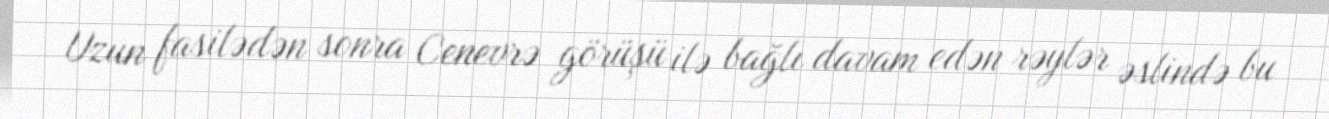
Uzun fasilədən sonra Cenevrə görüşü ilə bağlı davam edən rəylər əslində bu